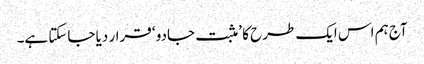
آج ہم اس ایک طرح کا ’ مثبت جادو ‘ قرار دیا جاسکتا ہے۔